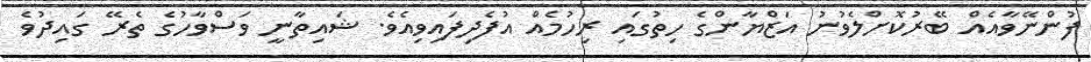
ފުންނޭވާއެއް ބޭރުކޮށްލެވުނު އަޒްޔާންގެ ހިތުގައި ރިހުމެއް އުފެދިފައިވިއެވެ. ޝައިތާނީ ވަސްވާހުގެ ތެރޭ ގައިދުވެ